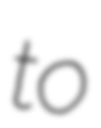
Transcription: to